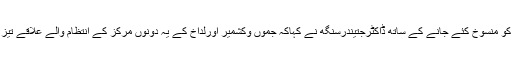
دفعہ 370 اور دفعہ 35اے کو منسوخ کئے جانے کے ساتھ ڈاکٹرجتیندرسنگھ نے کہاکہ جموں وکشمیر اورلداخ کے یہ دونوں مرکز کے انتظام والے علاقے تیز ترقی کی طرف گامزن ہیں ۔